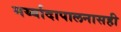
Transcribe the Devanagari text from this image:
मर्य्यादापालनासही